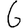
Digit: 6